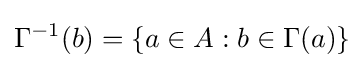
\Gamma ^{-1}(b)=\{a\in A:b\in \Gamma (a)\}